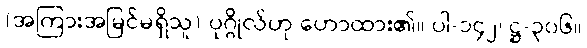
(အကြားအမြင်မရှိသူ) ပုဂ္ဂိုလ်ဟု ဟောထား၏။ ပါ-၁၄၂၊ ဋ္ဌ-၃၀၆။